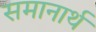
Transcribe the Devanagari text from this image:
समानार्थ